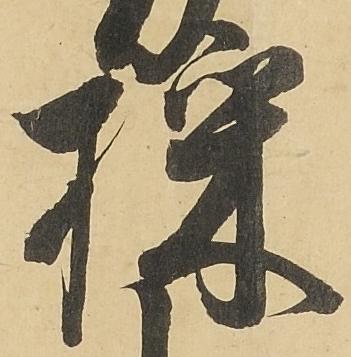
採